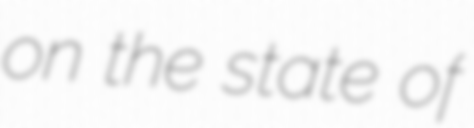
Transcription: on the state of